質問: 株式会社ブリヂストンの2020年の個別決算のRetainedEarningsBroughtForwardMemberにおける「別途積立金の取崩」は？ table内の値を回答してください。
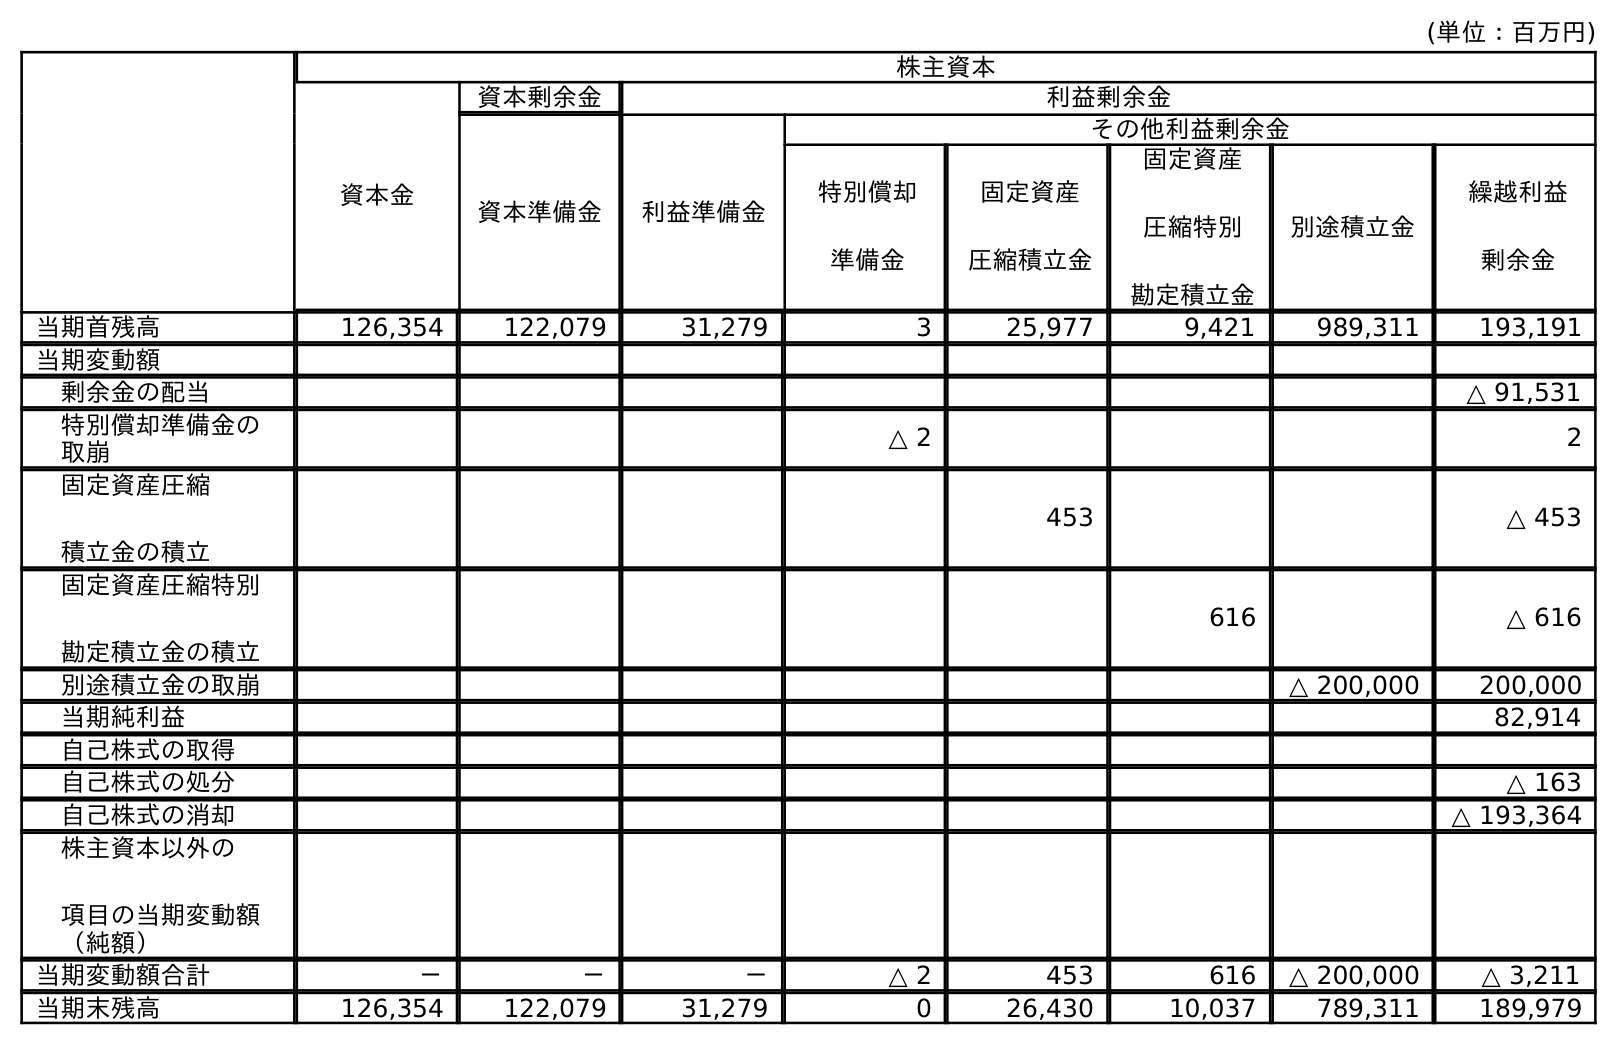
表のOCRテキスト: (単位：百万円) 株主資本 資本金 資本剰余金 利益剰余金 資本準備金 利益準備金 その他利益剰余金 特別償却 準備金 固定資産 圧縮積立金 固定資産 圧縮特別 勘定積立金 別途積立金 繰越利益 剰余金 当期首残高 126,354 122,079 31,279 3 25,977 9,421 989,311 193,191 当期変動額 剰余金の配当 △ 91,531 特別償却準備金の 取崩 △ 2 2 固定資産圧縮 積立金の積立 453 △ 453 固定資産圧縮特別 勘定積立金の積立 616 △ 616 別途積立金の取崩 △ 200,000 200,000 当期純利益 82,914 自己株式の取得 自己株式の処分 △ 163 自己株式の消却 △ 193,364 株主資本以外の 項目の当期変動額 （純額） 当期変動額合計 － － － △ 2 453 616 △ 200,000 △ 3,211 当期末残高 126,354 122,079 31,279 0 26,430 10,037 789,311 189,979
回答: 200,000